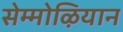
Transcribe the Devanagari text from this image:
सेम्मोऴियान